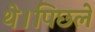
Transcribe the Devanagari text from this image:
थे।पिछले